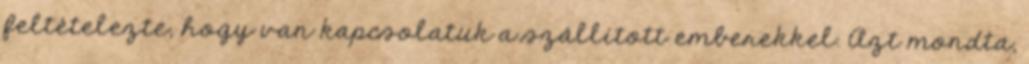
feltételezte, hogy van kapcsolatuk a szállított emberekkel. Azt mondta,